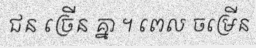
ជន ច្រើន គ្នា ។ ពេល ចម្រើន